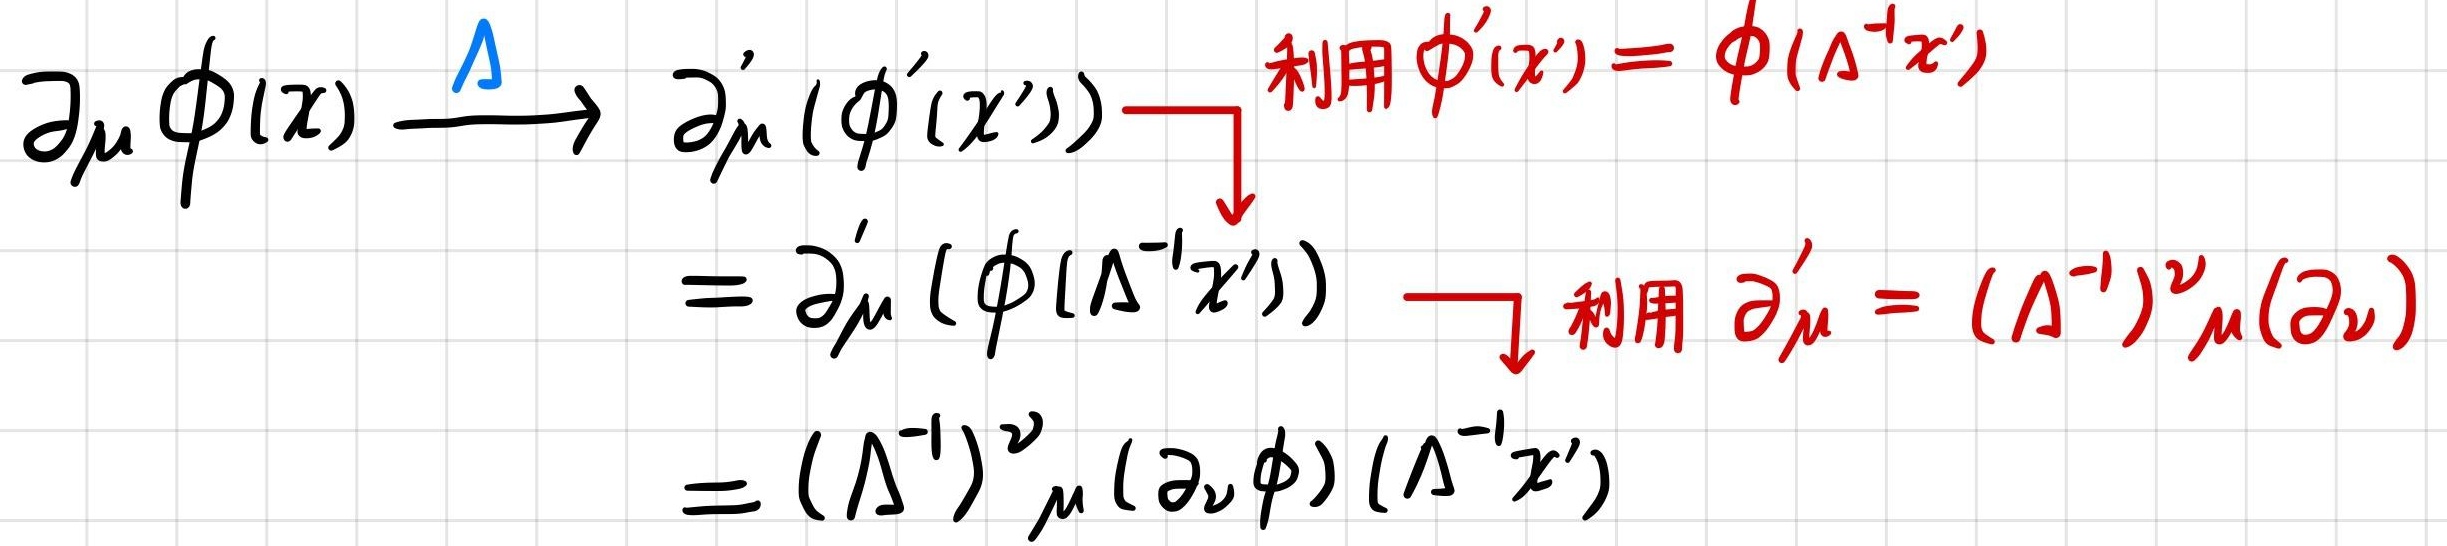
\[
\begin{align*}
\partial_{\mu}\phi(x)\xrightarrow{\Lambda}\partial_{\mu}'(\phi'(x'))&\xrightarrow{\text{利用 }\phi'(x') = \phi(\Lambda^{-1}x')}\partial_{\mu}'(\phi(\Lambda^{-1}x'))\\
&\xrightarrow{\text{利用 }\partial_{\mu}' = (\Lambda^{-1})^{\nu}_{\mu}(\partial_{\nu})}(\Lambda^{-1})^{\nu}_{\mu}(\partial_{\nu}\phi)(\Lambda^{-1}x')
\end{align*}
\]